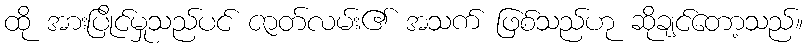
ထို အားပြိုင်မှုသည်ပင် ဇာတ်လမ်း၏ အသက် ဖြစ်သည်ဟု ဆိုချင်တော့သည်။